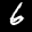
Label: 6